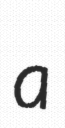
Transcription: a